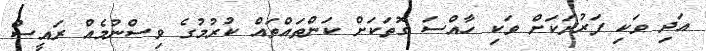
އަދި ވަކި ފަރުދަކަށް ވަކި ހާއްސަ ގޮތަކަށް ކަންތައްތައް ކުރުމުގެ ވިސްނުމެއް ރައީސް